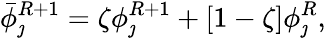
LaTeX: \bar{\phi}_{\jmath}^{R+1}=\zeta\phi_{\jmath}^{R+1}+[1-\zeta]\phi_{\jmath}^{R},